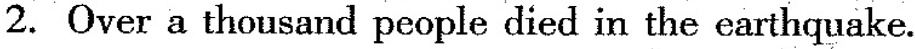
2.Over a thousand people died in the earthquake.